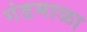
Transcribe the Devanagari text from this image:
गंडमाळा